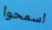
اسمحوا